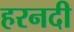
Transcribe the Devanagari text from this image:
हरनदी